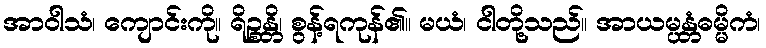
အာဝါသံ၊ ကျောင်းကို။ ရိဉ္စန္တိ၊ စွန့်ရကုန်၏။ မယံ၊ ငါတို့သည်။ အာယမ္ပန္တံဓမ္မိကံ၊